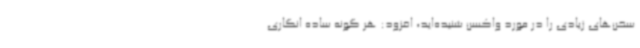
سخن‌های زیادی را در مورد واکسن شنیده‌اید، افزود: هر گونه ساده انگاری